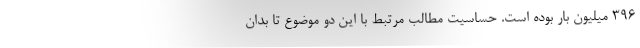
۳۹۶ میلیون بار بوده است. حساسیت مطالب مرتبط با این دو موضوع تا بدان